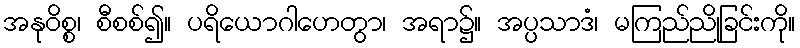
အနုဝိစ္စ၊ စီစစ်၍။ ပရိယောဂါဟေတွာ၊ အရာ၌။ အပ္ပသာဒံ၊ မကြည်ညိုခြင်းကို။